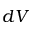
d V